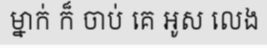
ម្នាក់ ក៏ ចាប់ គេ អូស លេង